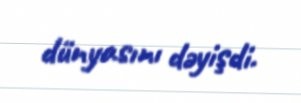
dünyasını dəyişdi.